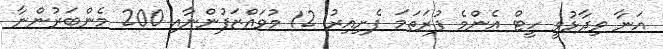
އަނާ ވިދާޅުވީ ހީޓް އެންމެ ފުރަތަމަ ފެށިއިރު 12 މުވައްޒަފުންނާއި 200 މެންބަރުންނާ